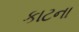
કાટના